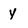
Character: Y